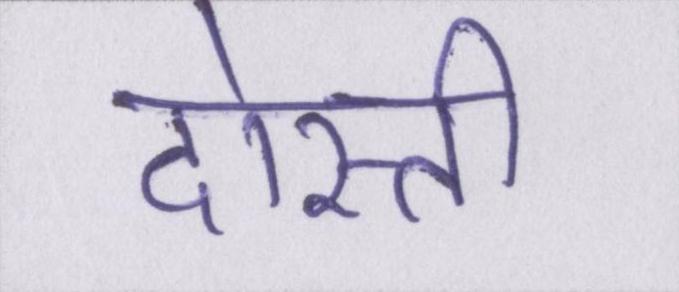
दोस्ती